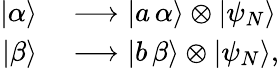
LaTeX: \begin{array}{rl}{|\alpha\rangle}&{{}\longrightarrow|a\, \alpha\rangle\otimes|\psi_{N}\rangle}\\ {|\beta\rangle}&{{}\longrightarrow|b\, \beta\rangle\otimes|\psi_{N}\rangle,}\end{array}